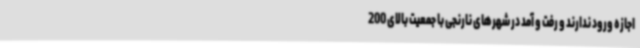
اجازه ورود ندارند و رفت و آمد در شهرهای نارنجی با جمعیت بالای 200